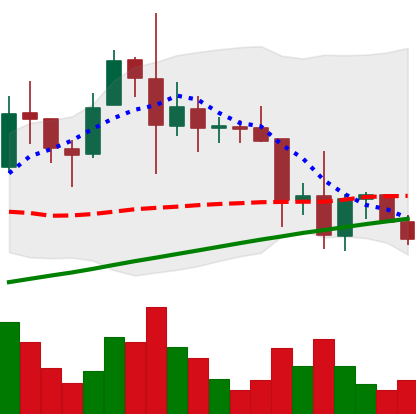
Ticker: XRP-USD
Chart end date: 2021-11-22
Forward return: -8.63%
Label: down_7plus